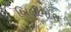
બિલીમોરા